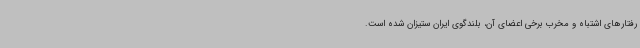
رفتارهای اشتباه و مخرب برخی اعضای آن، بلندگوی ایران ستیزان شده است.